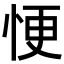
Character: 𢙾